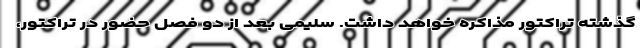
گذشته تراکتور مذاکره خواهد داشت. سلیمی بعد از دو فصل حضور در تراکتور،